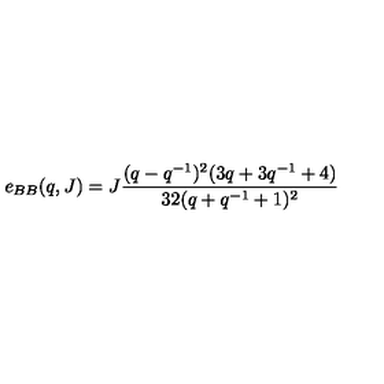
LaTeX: e _ { B B } ( q , J ) = J \frac { ( q - q ^ { - 1 } ) ^ { 2 } ( 3 q + 3 q ^ { - 1 } + 4 ) } { 3 2 ( q + q ^ { - 1 } + 1 ) ^ { 2 } }